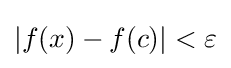
|f(x)-f(c)|<\varepsilon